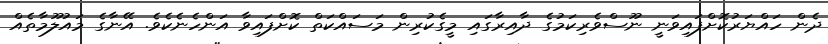
ދެން ހައްޔަރުކޮށްފައިވަނީ ނޫސްވެރިކަމުގެ ދާއިރާގައި މީގެކުރިން މަސައްކަތް ކޮށްފައިވާ އަންހެނެކެވެ. އޭނާގެ މައުލޫމާތެއް